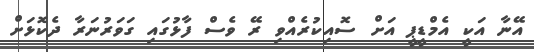
އޭނާ އަކީ އެމްޑީޕީ އަށް ސޮއިކުރެއްވި ރޭ ވެސް ފާޅުގައި ގަވަރުނަރާ ދެކޮޅަށް